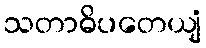
သတာဓိပတေယျံ